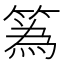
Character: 䈧